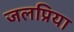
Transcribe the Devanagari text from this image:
जलप्रिया